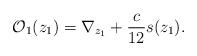
LaTeX: \begin{align*}\mathcal{O}_1(z_{1})=\nabla_{z_{1}}+ \frac{c}{12}s(z_{1}).\end{align*}